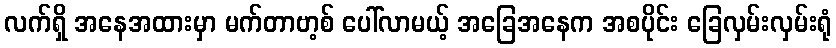
လက်ရှိ အနေအထားမှာ မက်တာဗာ့စ် ပေါ်လာမယ့် အခြေအနေက အစပိုင်း ခြေလှမ်းလှမ်းရုံ